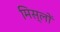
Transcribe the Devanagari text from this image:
मिस्लों